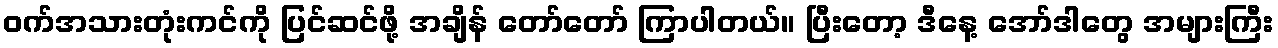
ဝက်အသားတုံးကင်ကို ပြင်ဆင်ဖို့ အချိန် တော်တော် ကြာပါတယ်။ ပြီးတော့ ဒီနေ့ အော်ဒါတွေ အများကြီး